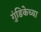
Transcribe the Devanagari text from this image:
गुंडिकेच्या